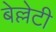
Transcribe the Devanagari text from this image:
बेल्लेटी